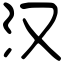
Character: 汉